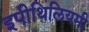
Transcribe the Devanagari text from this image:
इपीथिलियमी